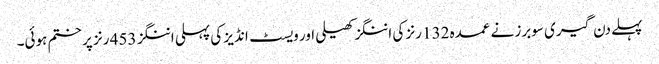
پہلے دن گیری سوبرز نے عمدہ 132 رنز کی اننگز کھیلی اور ویسٹ انڈیز کی پہلی اننگز 453 رنز پر ختم ہوئی۔